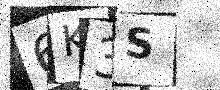
Text: 6K3S